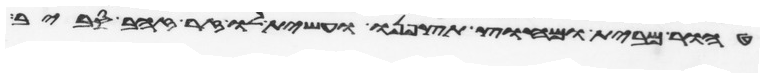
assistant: טהור מבית ומחוץ תצפנו ועשית לו זר זהב סביב